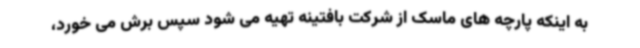
به اینکه پارچه های ماسک از شرکت بافتینه تهیه می شود سپس برش می خورد،